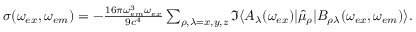
\begin{array} { r } { \sigma ( \omega _ { e x } , \omega _ { e m } ) = - \frac { 1 6 \pi \omega _ { e m } ^ { 3 } \omega _ { e x } } { 9 c ^ { 4 } } \sum _ { \rho , \lambda = x , y , z } \Im \langle A _ { \lambda } ( \omega _ { e x } ) | \hat { \mu } _ { \rho } | B _ { \rho \lambda } ( \omega _ { e x } , \omega _ { e m } ) \rangle . } \end{array}